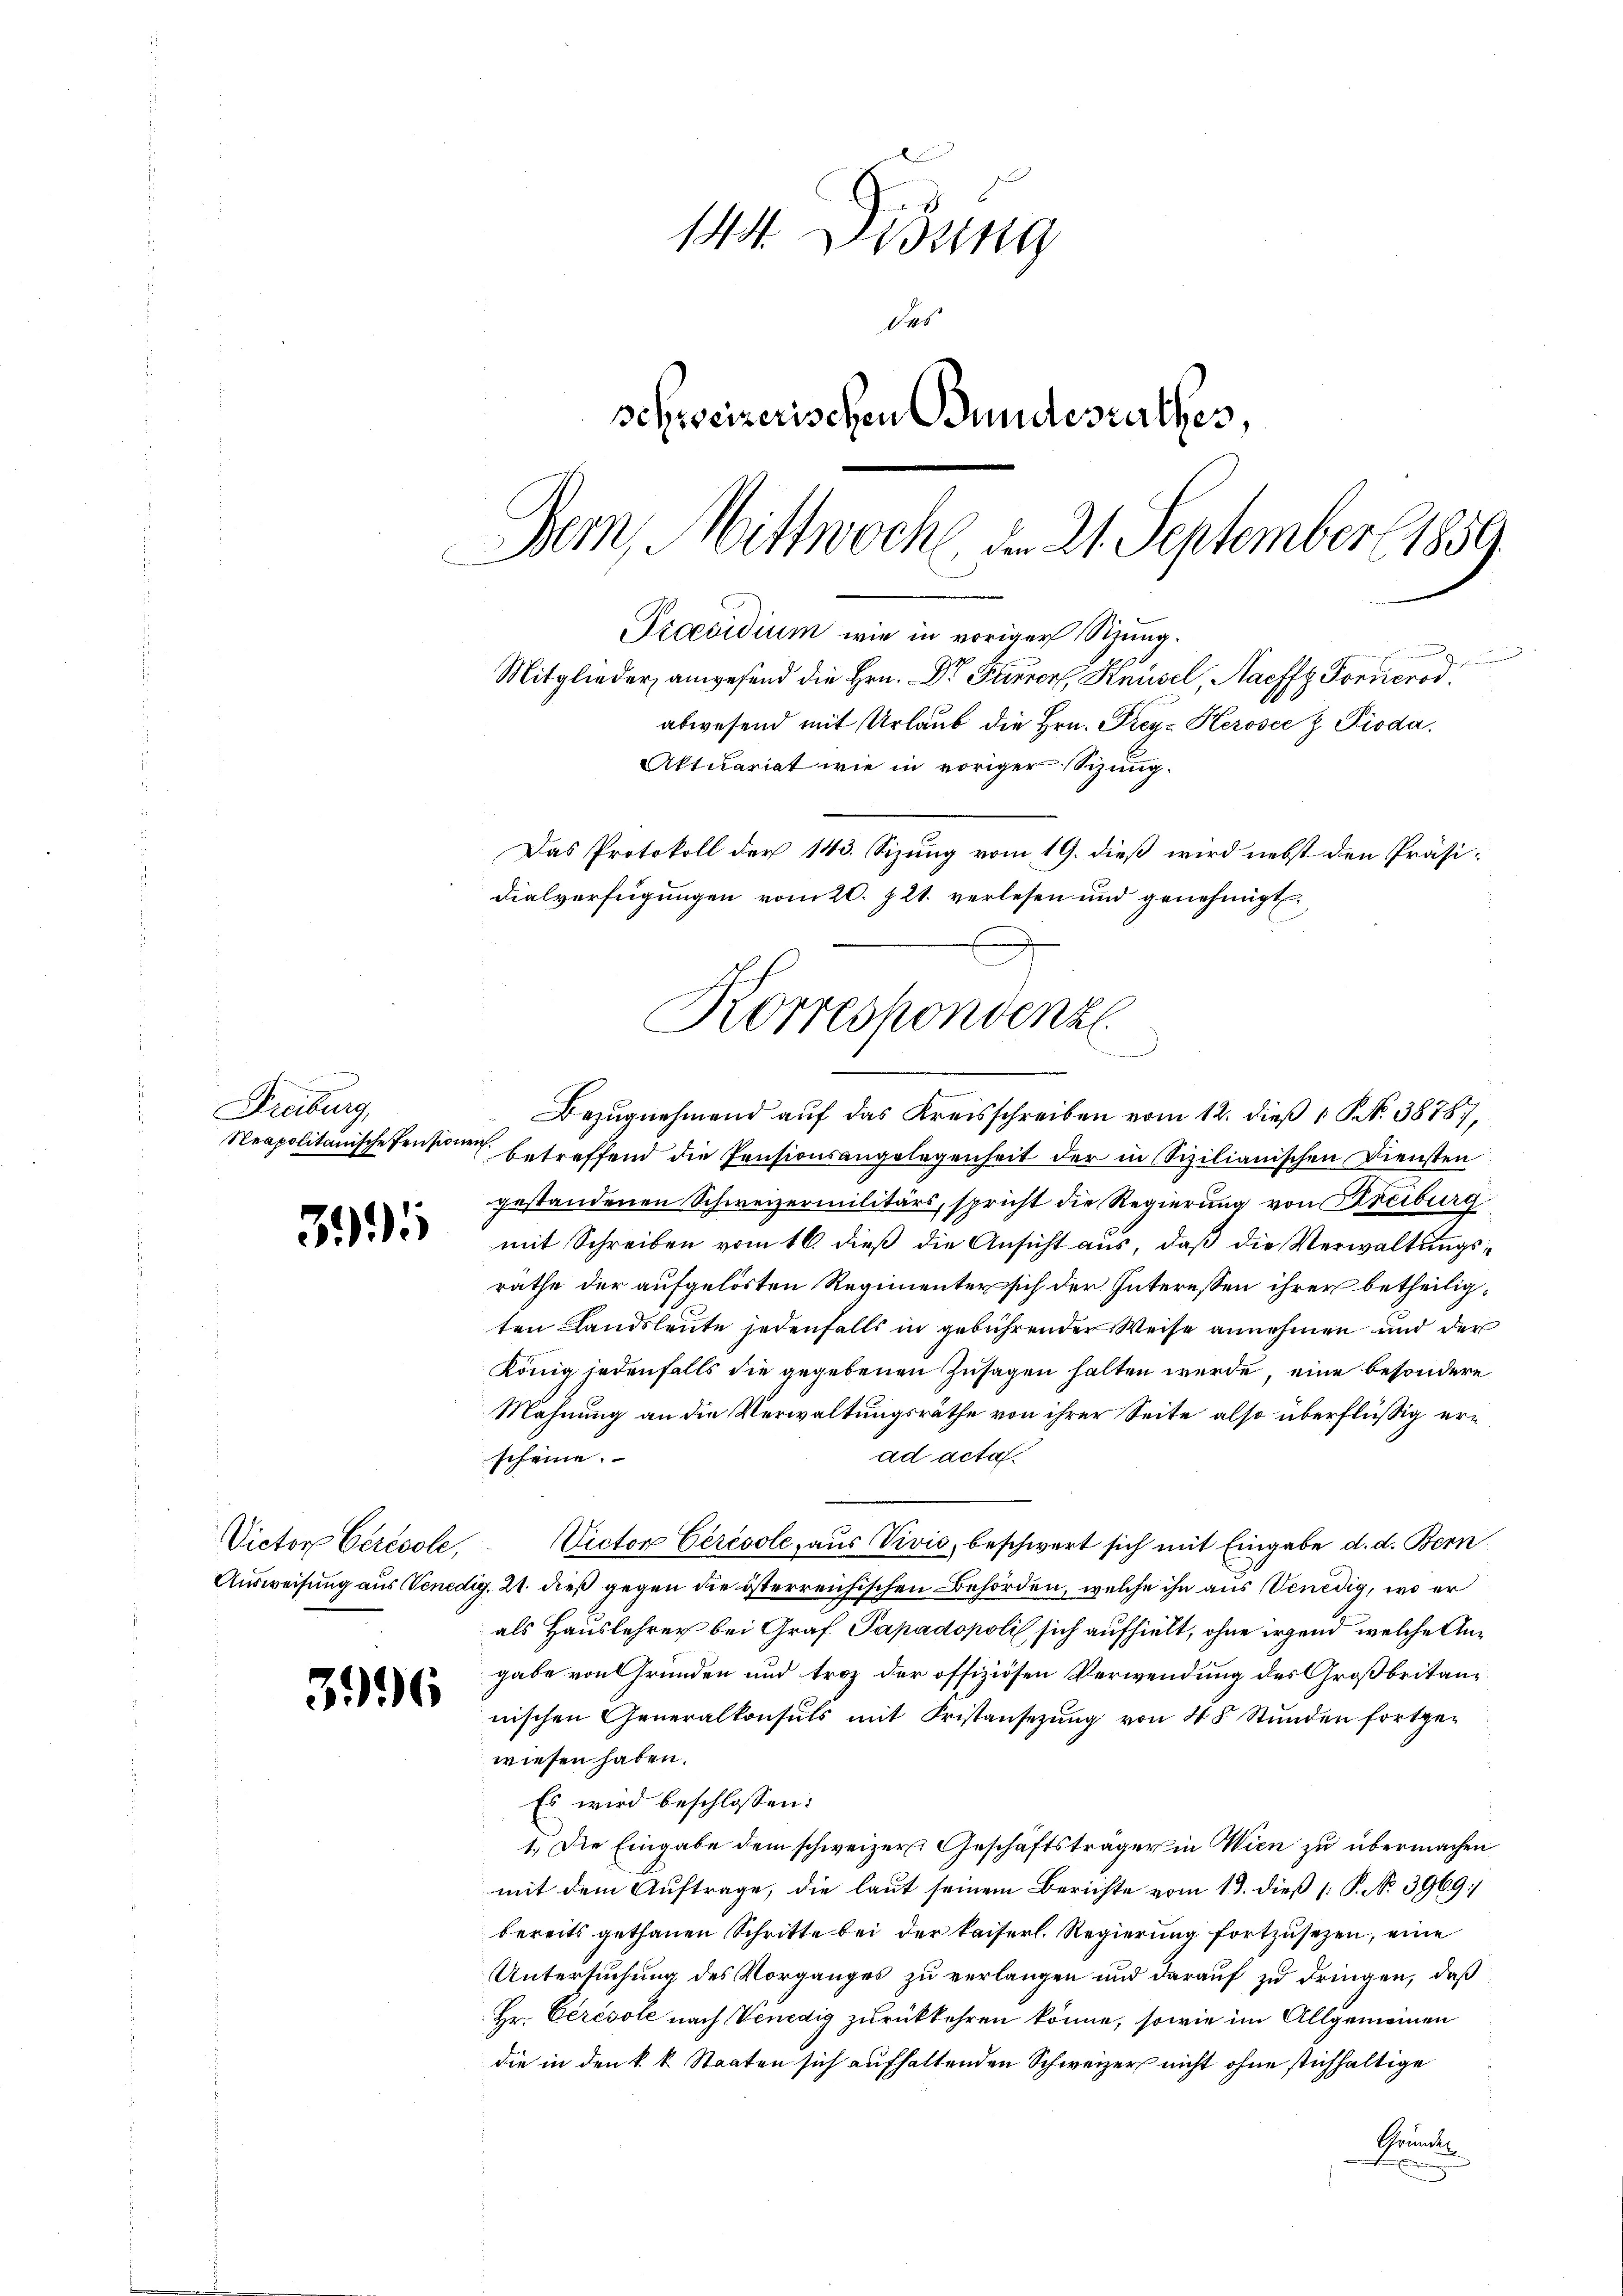
Freiburg,
Reapolitanische Pension

391

Victor Cerésole,

3996

140. Didung
des
schweizerischen Bundesrathes,
Bern, Mittwoche, d. 21. September 1859.
Praesidium wie in voriger Sizung.
n
Mitglieder angesend die Hrn. Dr Ferner, Knüsel, Nachfg Forucrod.
abwesend mit Urlaub die Hrn. Frey- Herosee z Pioda.
Aktuariat wie in voriger Sizung.

dialverfügungen vom 20. Z. 21. verlesen und genehmigt.
J
Bezŭgnehmend auf das Kreisschreiben vom 12. dieß 1 S. 38787,

e betreffend die Pensionsangelegenheit der in Sizilianischen Diensten.
gestandenen Schweizermilitärs, spricht die Regierung von Kreiburg
mit Schreiben vom 16. dieß die Ansicht aus, daß die Verwaltungsräthe der aufgelösten Regimenten sich der Interessen ihrer betheiligten Landsleute jedenfalls in gebührender Weise annehmen und der
König jedenfalls die gegebenen Zusagen halten werde, eine besondere
Mahnung an die Verwaltungsräthe von ihrer Seite also überflüßig erad acta.
scheine.
Victor Geresole, aus Vivis, beschwert sich mit Eingabe d. d. Bern
Ausweisung aus Venedig, 21. dieß gegen die österreichischen Behörden, welche ihn aus Venedig, wo er
als Hauslehrer bei Graf Papadopoli sich aufhielt, ohne irgend welche Angabe von Gründen und troz der offiziösen Verwendung des Großbritannischen Generalkonsuls mit Fristansezŭng von 48 Stŭnden fortge-
wiesen haben.
Es wird beschlossen:
1. Die Eingabe dem schweizer Geschäftsträger in Wien zu übermachen
mit dem Auftrage, die laut seinem Berichte vom 13. dieß  P. No. 3969/
bereits gethanen Schritte bei der kaiserl. Regierŭng fortzusezen, eine
Untersuchung des Vorganges zu verlangen und darauf zu dringen, daß
Hr. Cerésole nach Venedig zurückkehren könne, sowie im Allgemeinen
die in den k. k. Staaten sich aufhaltenden Schweizer nicht ohne stichhaltige
Gründel
A

Das Protokoll der 143. Sizung vom 19. dieß wird nebst den Präsi¬
Korreskonvenz